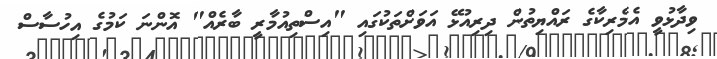
ވިދާޅުވީ އެމެރިކާގެ ރައްޔިތުން ދިރިއުޅޭ އަވަށްތަކުގައި "އިސްތިއުމާރީ ބާރެއް" އޮންނަ ކަމުގެ އިހުސާސް